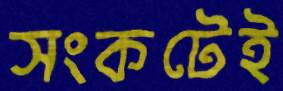
সংকটেই